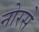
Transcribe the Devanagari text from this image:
नोरसे